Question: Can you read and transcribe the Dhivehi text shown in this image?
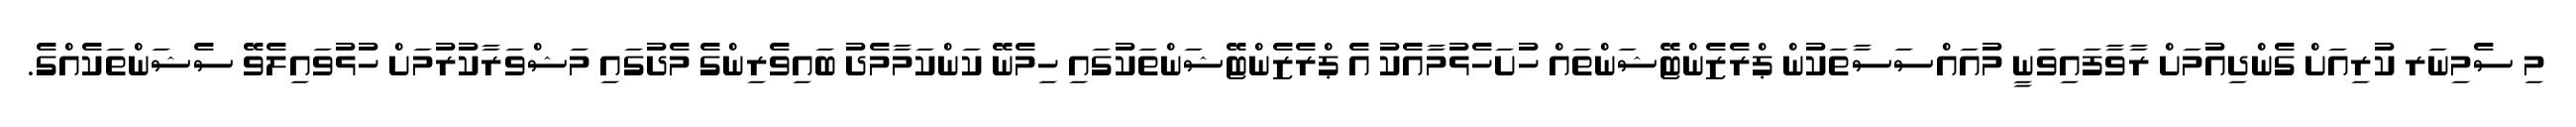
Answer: މި ސެމިނަރ ކުރިއަށް ގެންދިއުމަށް ރާވާފައިވަނީ މުއައްސަސާތަކުން ޕްރެޒެންޓޭޝަންތައް ހުށަހެޅުމާއެކު އެ ޕްރެޒެންޓޭޝަންތަކުގައި ހިމެނޭ ކަންކަމާމެދު ބައިވެރިންގެ މެދުގައި މަޝްވަރާކުރުމަށް ހުޅުވައިލެވޭ ސެޝަންތަކެއްގެ.